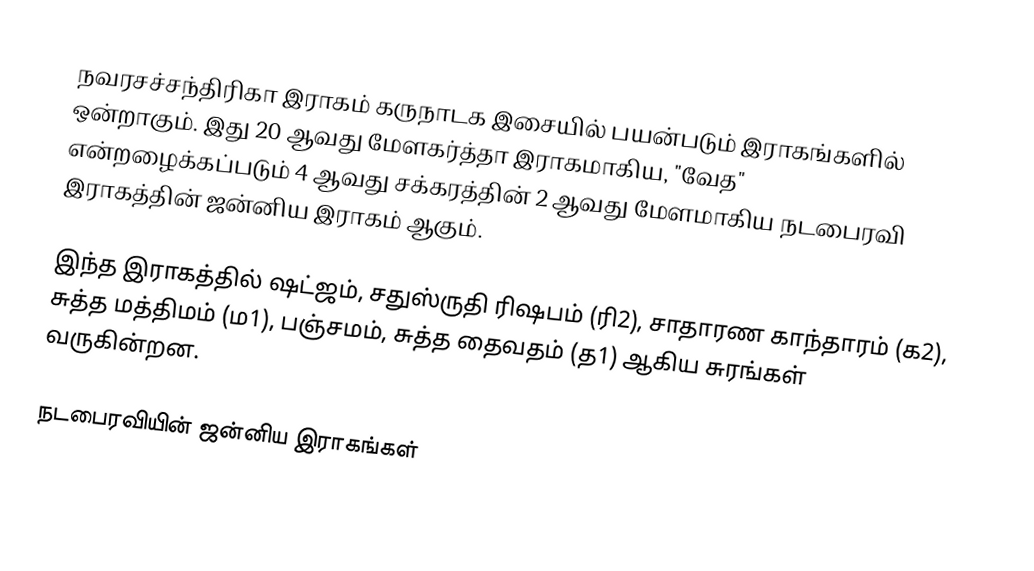
நவரசச்சந்திரிகா இராகம் கருநாடக இசையில் பயன்படும் இராகங்களில் ஒன்றாகும். இது 20 ஆவது மேளகர்த்தா இராகமாகிய, "வேத" என்றழைக்கப்படும் 4 ஆவது சக்கரத்தின் 2 ஆவது மேளமாகிய நடபைரவி இராகத்தின் ஜன்னிய இராகம் ஆகும்.

இந்த இராகத்தில் ஷட்ஜம், சதுஸ்ருதி ரிஷபம் (ரி2),  சாதாரண காந்தாரம் (க2), சுத்த மத்திமம் (ம1), பஞ்சமம், சுத்த தைவதம் (த1) ஆகிய சுரங்கள் வருகின்றன.

நடபைரவியின் ஜன்னிய இராகங்கள்